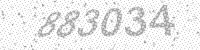
Solution: 883034